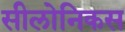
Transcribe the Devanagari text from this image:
सीलोनिकस